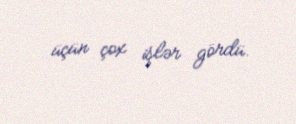
üçün çox işlər gördü.